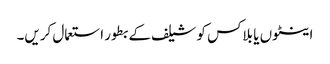
اینٹوں یا بلاکس کو شیلف کے بطور استعمال کریں۔